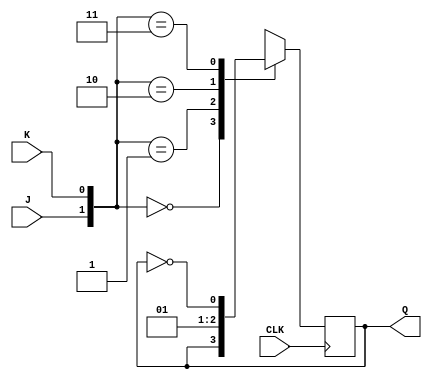
`timescale 1ns / 1ps
//////////////////////////////////////////////////////////////////////////////////
// Company: 
// Engineer: 
// 
// Design Name: 
// Module Name: JK_FF
// Project Name: 
// Target Devices: 
// Tool Versions: 
// Description: 
// 
// Dependencies: 
// 
// Revision:
// Revision 0.01 - File Created
// Additional Comments:
// 
//////////////////////////////////////////////////////////////////////////////////


module JK_FF(Q,J,K,CLK);
input J,K,CLK;
output reg Q;
always @ (posedge CLK)
case({J,K})
2'b00: Q=Q;
2'b01: Q=0;
2'b10: Q=1;
2'b11: Q=~Q;
endcase
endmodule